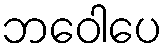
ဘဝေါပေ